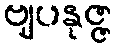
ဗျပနုဇ္ဇ